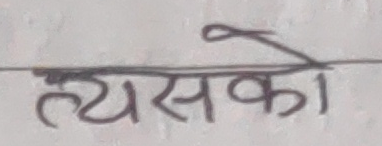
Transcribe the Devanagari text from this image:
त्यसको